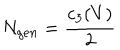
N _ { g e n } = \frac { c _ { 3 } ( V ) } { 2 }